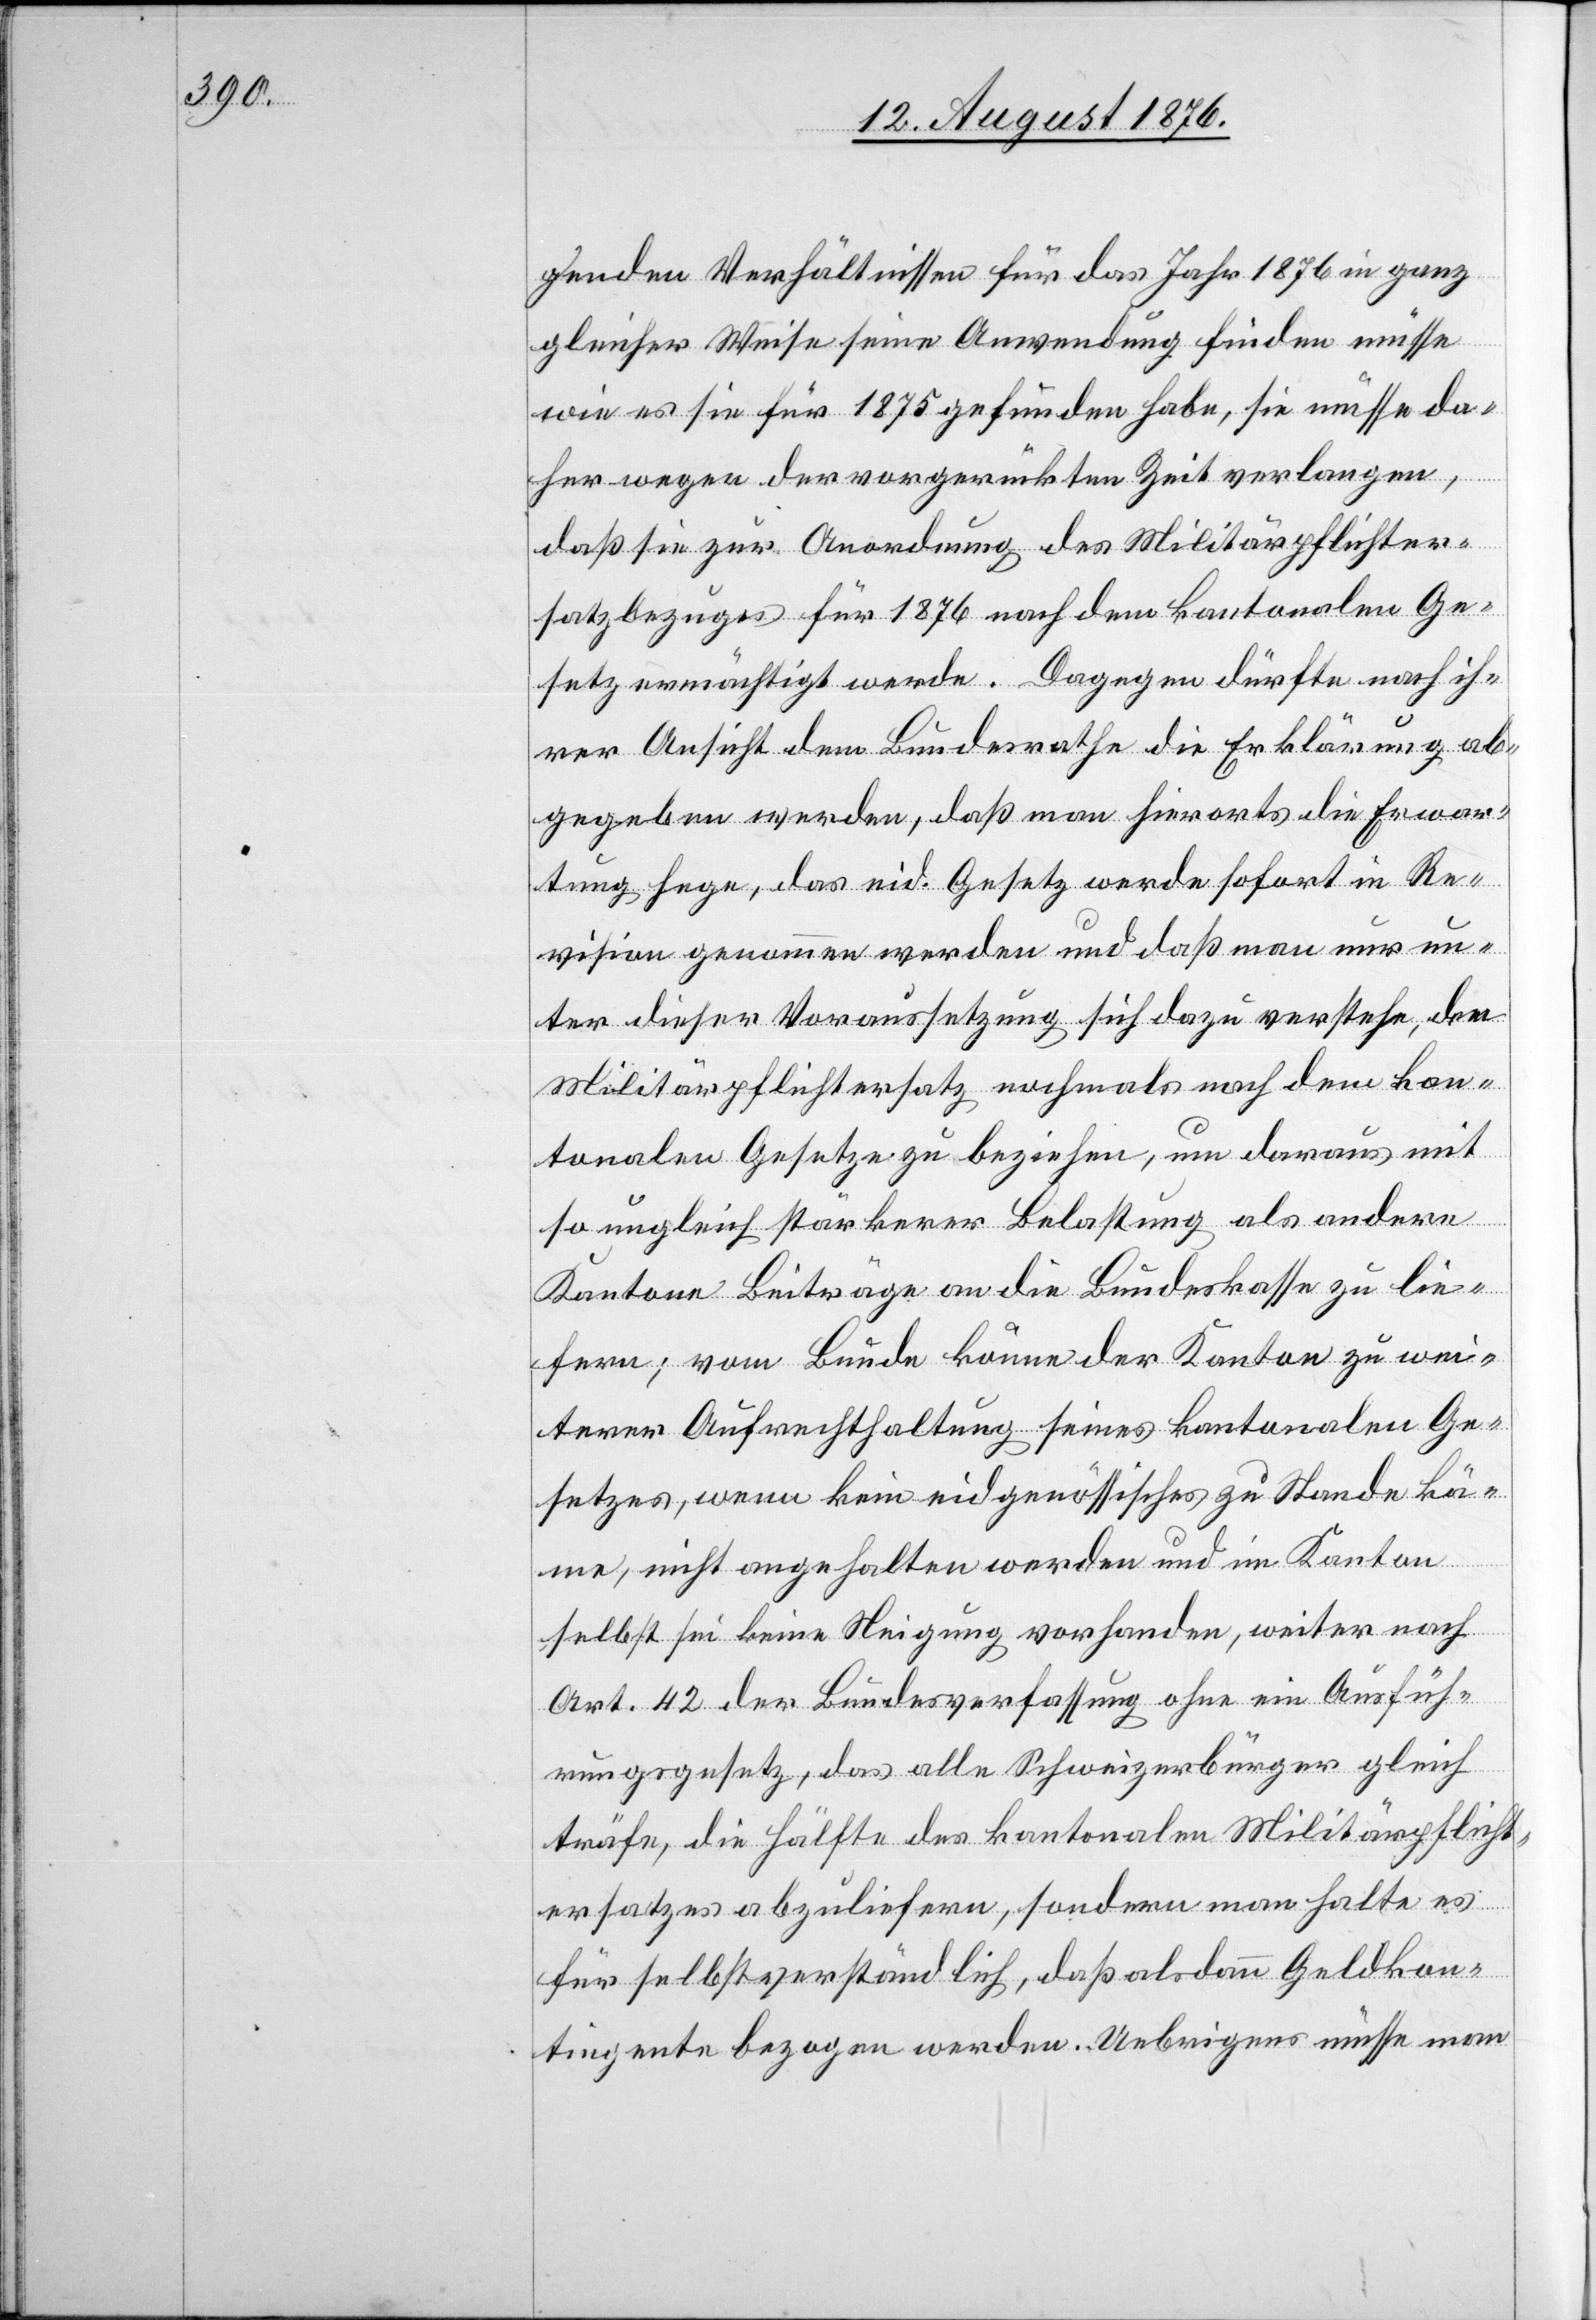
genden Verhältnisses für das Jahr 1876 in ganz
gleicher Weise seine Anwendung finden müsse
wie es sie für 1875 gefunden habe, sie müsse da¬
her wegen der vorgerückten Zeit verlangen,
daß sie zur Anordnung des Militärpflichter¬
satzbezuges für 1876 nach dem kantonalen Ge¬
setz ermächtigt werde. Dagegen dürfte nach ih¬
rer Ansicht dem Bundesrathe die Erklärung ab¬
gegeben werden, daß man hierorts die Erwar¬
tung hege, das eid. Gesetz werde sofort in Re¬
vision genommen werden und daß man nur un¬
ter dieser Voraussetzung sich dazu verstehe, den
Militärpflichtersatz nochmals nach dem kan¬
tonalen Gesetze zu beziehen, um daraus mit
so ungleich stärkerer Belastung als andere
Kantone Beiträge an die Bundeskasse zu lie¬
fern; vom Bunde könne der Kanton zu wei¬
terer Aufrechthaltung seines kantonalen Ge¬
setzes, wenn kein eidgenössisches zu Stande kä¬
me, nicht angehalten werden und im Kanton
selbst sei keine Neigung vorhanden, weiter nach
Art. 42 der Bundesverfassung ohne ein Ausfüh¬
rungsgesetz, das alle Schweizerbürger gleich
träfe, die Hälfte des kantonalen Militärpflicht¬
ersatzes abzuliefern, sondern man halte es
für selbstverständlich, daß alsdann Geldkon¬
tingente bezogen werden. Uebrigens müsse man